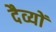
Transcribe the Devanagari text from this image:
दैव्यों